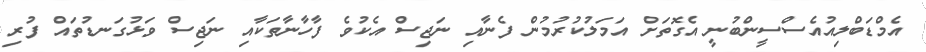
އެމްޑަބްލިއުއެސްސީންބުނީ އެގޮތަށް އަމަލުކުރުމުން ފެނާއި ނަޖިސް އެކުވެ ފާހާނާތަކާއި ނަޖިސް ވަޅުގަނޑުތައް ފުރި